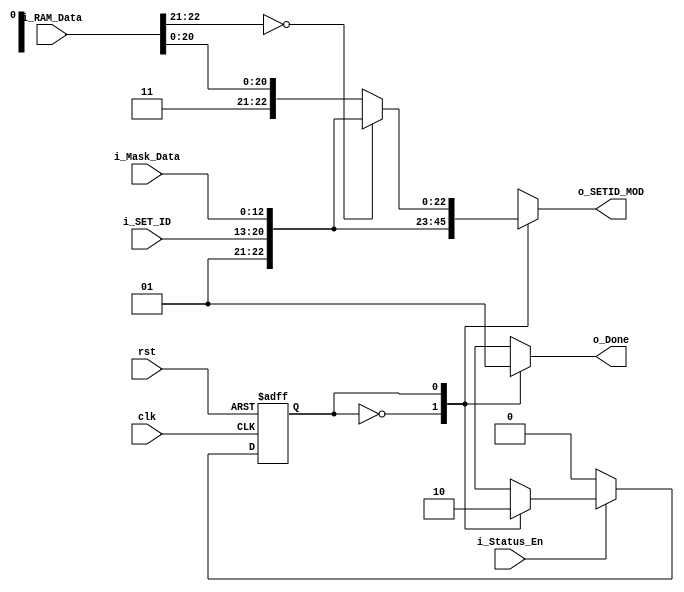
module Status_Engine
	(
		clk,
		rst,
		
		// input(s)
		i_SET_ID,
		i_Status_En,
		i_RAM_Data,
		i_Mask_Data,
		
		// output(s)
		o_SETID_MOD,
		o_Done
	);

// ==========================================================================
// == Parameters
// ==========================================================================
	parameter KWID 	 = 104; // Key width
	parameter IDWID	 = 8;  // Data bits
	parameter SEGWID = IDWID+2; // Segment width + status bit - 10 bits (user predefined)
	parameter MASKWID = KWID/8;	// 13
	parameter DATA = SEGWID+MASKWID; // 23
	
// ==========================================================================
// == Local Parameters
// ==========================================================================
	localparam IDLE	= 1'b0;
	localparam ST1	= 1'b1;
	
// ==========================================================================
// == Port Declarations
// ==========================================================================
	input clk;
	input rst;
	
	input	[IDWID-1:0]		i_SET_ID;
	input 					i_Status_En;
	input	[DATA-1:0]		i_RAM_Data;
	input 	[MASKWID-1:0]	i_Mask_Data;
	
	output  [DATA-1:0]		o_SETID_MOD;
	output 					o_Done;

// ==========================================================================
// == Signal Declaraions
// ==========================================================================	
	reg PS, NS;
	reg Done;
	
	reg [DATA-1:0] Mod_ID;

// ==========================================================================
// == Architecture: FSM
// ==========================================================================
	// ====================
	// -- Cell_Empty
	wire Cell_Empty;
	assign Cell_Empty = (i_RAM_Data[22:21] == 2'b00);

	// ====================
	// == Current State : Synchronous Process
	always @(posedge clk or posedge rst)	// -- Async Reset
	begin
		if 		 	(rst)					PS <= IDLE;
		else if 	(i_Status_En == 0)		PS <= IDLE;
		else 								PS <= NS;
	end 

	// == Next State Logic : Combinational Process
	always @(PS, i_RAM_Data, i_SET_ID) 
	begin
		case (PS)
			IDLE:
			begin
				Done <= 1'b0;
				Mod_ID <= {2'b01, i_SET_ID, i_Mask_Data};
				NS <= ST1;
			end
			
			ST1: 
			begin 
				Done <= 1'b1;
				NS <= IDLE;
				if (!Cell_Empty)	Mod_ID <= {2'b11, i_RAM_Data[20:0]};
				else 				Mod_ID <= {2'b01, i_SET_ID, i_Mask_Data};
			end
			
			default:
			begin 
				NS <= IDLE;
				Done <= 1'b0;
			end
		endcase
	end

// ==========================================================================
// == Output Assignments
// ==========================================================================
	assign o_SETID_MOD = Mod_ID;
	assign o_Done = Done;
endmodule